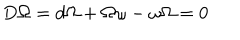
LaTeX: D \Omega = d \Omega + \Omega \omega - \omega \Omega = 0